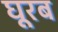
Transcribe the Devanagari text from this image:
घूरब